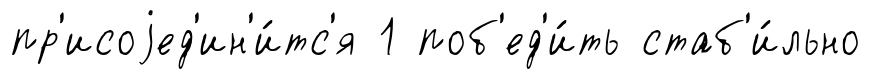
пр'исоjед'ин'и́тс'я 1 поб'ед'и́ть стаб'и́льно